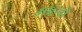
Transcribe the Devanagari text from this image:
माहवो